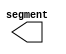
`timescale 1ns / 1ps
//////////////////////////////////////////////////////////////////////////////////
// Company: 
// Engineer: 
// 
// Design Name: 
// Module Name: Display
// Project Name: 
// Target Devices: 
// Tool Versions: 
// Description: 
// 
// Dependencies: 
// 
// Revision:
// Revision 0.01 - File Created
// Additional Comments:
// 
//////////////////////////////////////////////////////////////////////////////////


module Display(
    output [0:0] segment
    );
endmodule